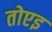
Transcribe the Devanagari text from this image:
तोएइ